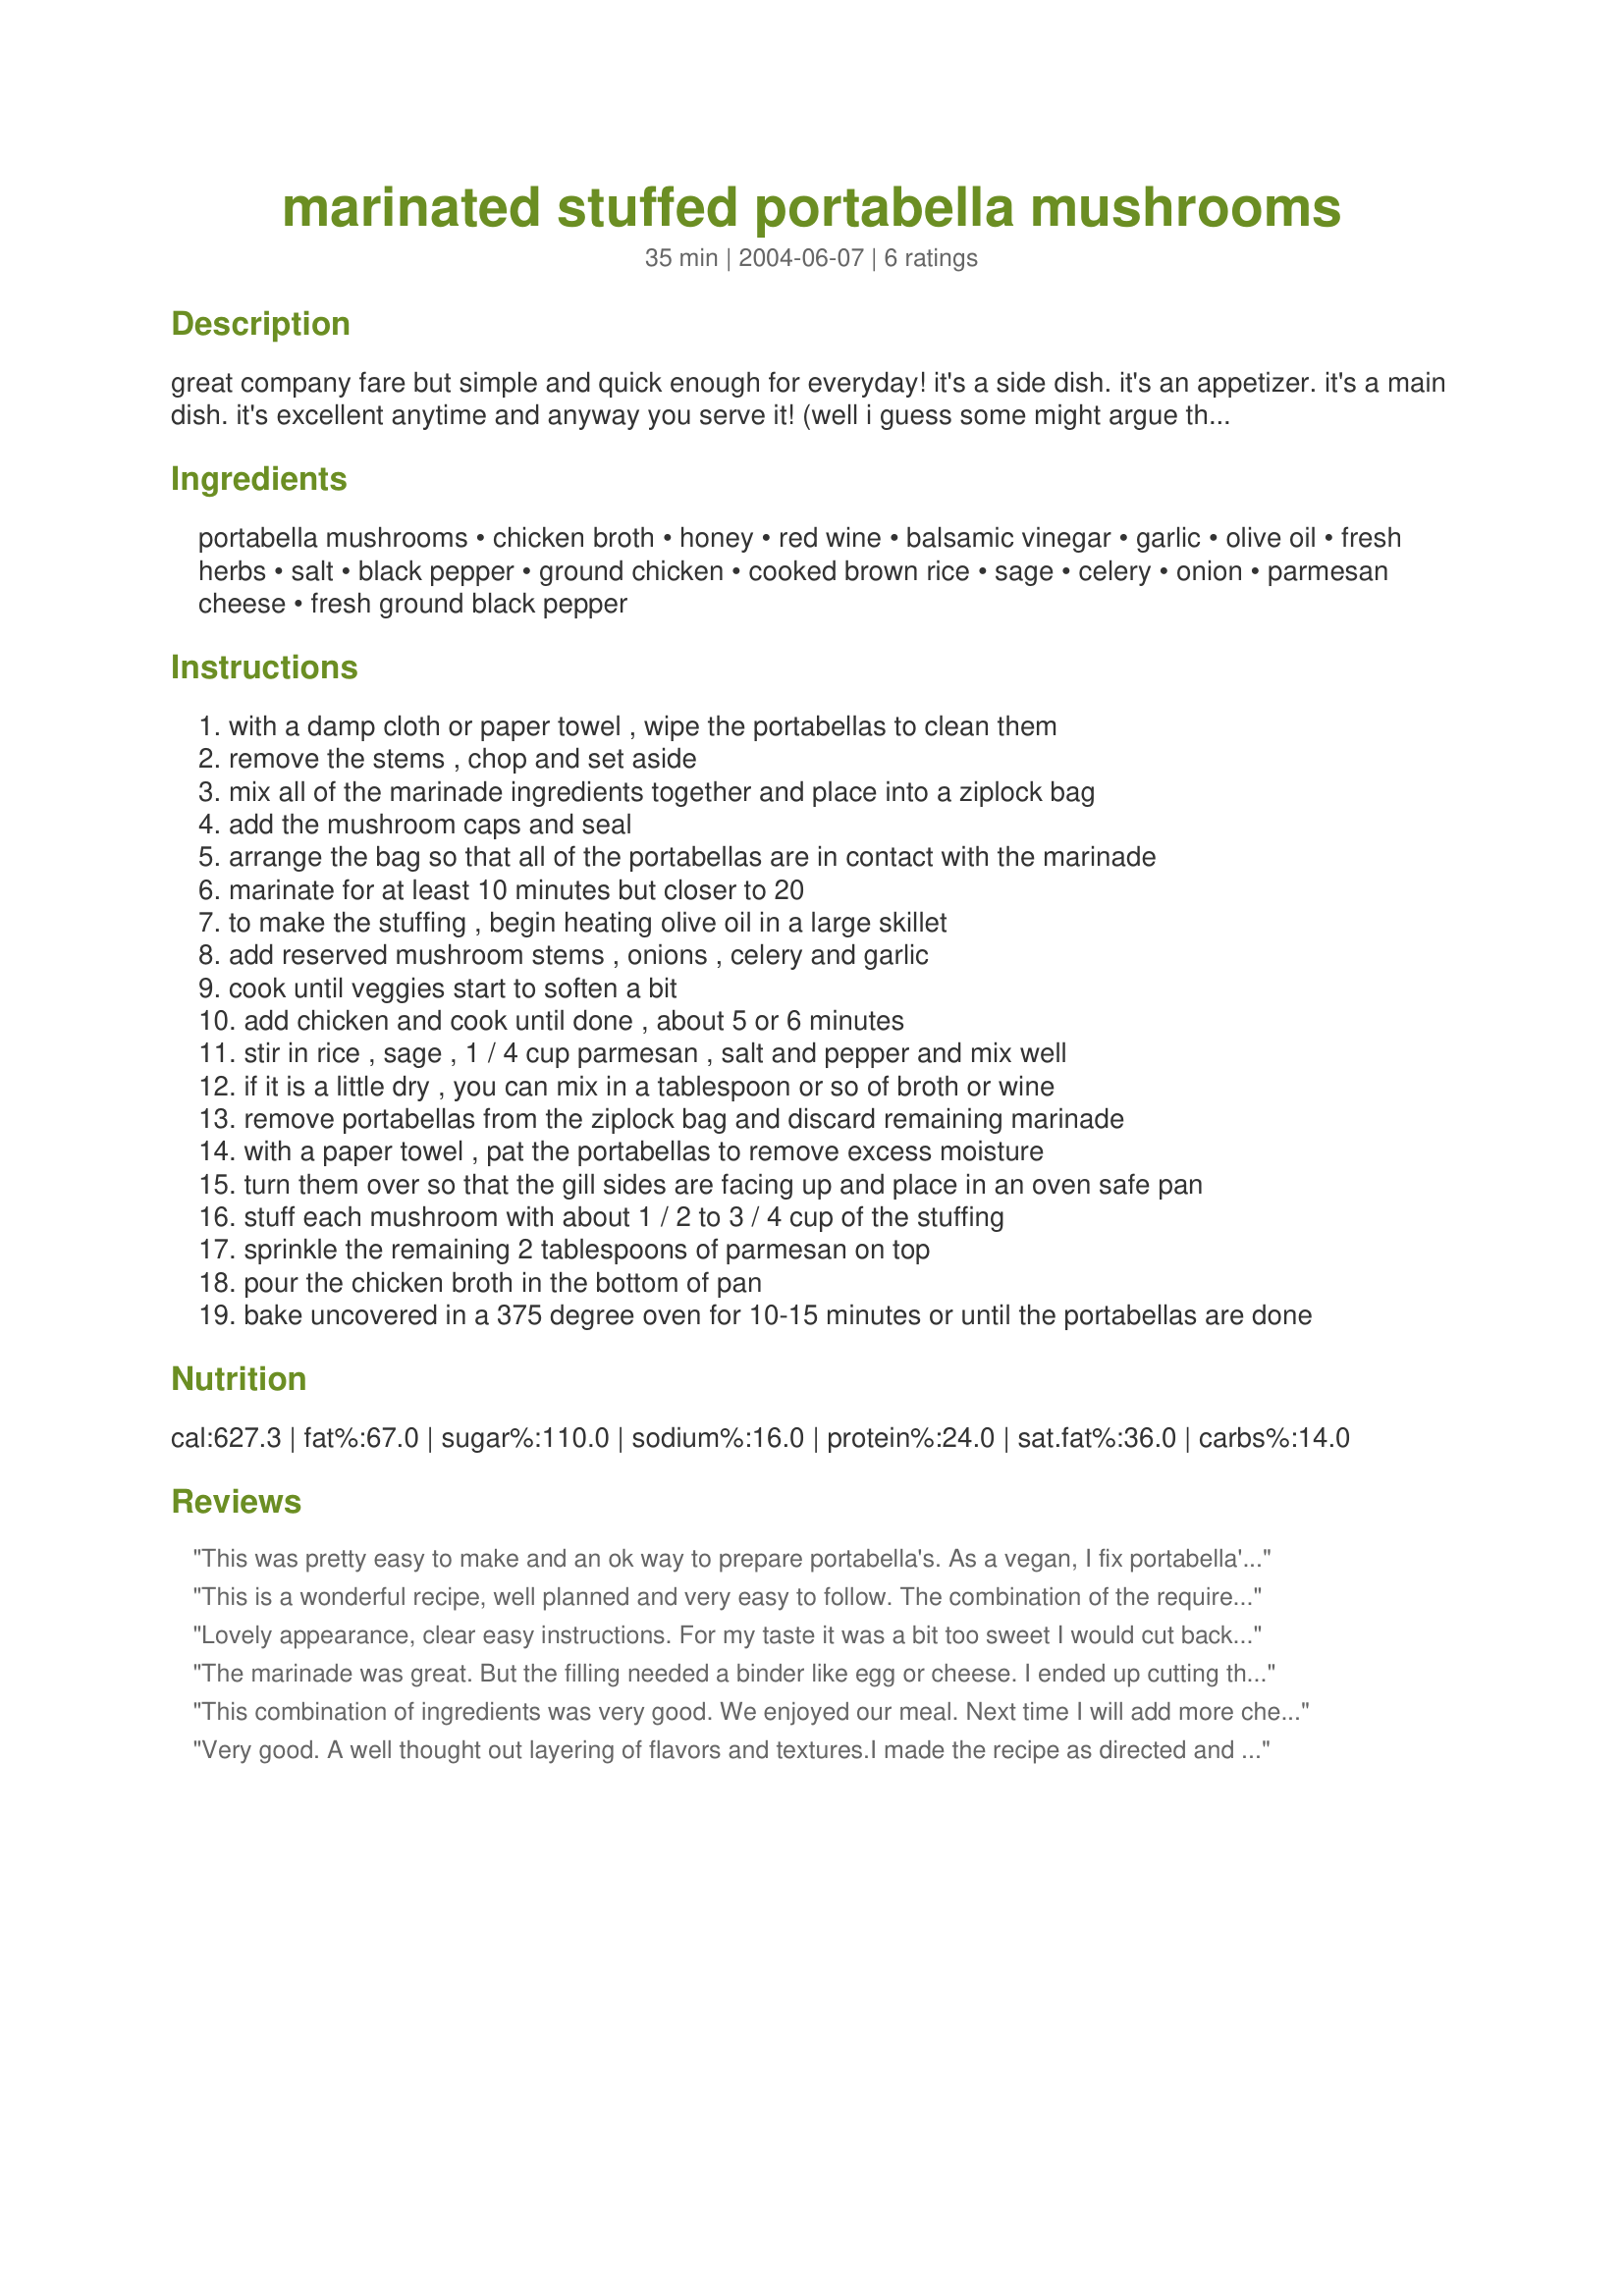
marinated stuffed portabella mushrooms
Preparation time: 35 minutes

great company fare but simple and quick enough for everyday! it's a side dish. it's an appetizer. it's a main dish. it's excellent anytime and anyway you serve it! (well i guess some might argue that, since this really might not be a good breakfast but....to each his or her own!)

Ingredients:
portabella mushrooms, chicken broth, honey, red wine, balsamic vinegar, garlic, olive oil, fresh herbs, salt, black pepper, ground chicken, cooked brown rice, sage, celery, onion, parmesan cheese, fresh ground black pepper

Steps:
with a damp cloth or paper towel , wipe the portabellas to clean them
remove the stems , chop and set aside
mix all of the marinade ingredients together and place into a ziplock bag
add the mushroom caps and seal
arrange the bag so that all of the portabellas are in contact with the marinade
marinate for at least 10 minutes but closer to 20
to make the stuffing , begin heating olive oil in a large skillet
add reserved mushroom stems , onions , celery and garlic
cook until veggies start to soften a bit
add chicken and cook until done , about 5 or 6 minutes
stir in rice , sage , 1 / 4 cup parmesan , salt and pepper and mix well
if it is a little dry , you can mix in a tablespoon or so of broth or wine
remove portabellas from the ziplock bag and discard remaining marinade
with a paper towel , pat the portabellas to remove excess moisture
turn them over so that the gill sides are facing up and place in an oven safe pan
stuff each mushroom with about 1 / 2 to 3 / 4 cup of the stuffing
sprinkle the remaining 2 tablespoons of parmesan on top
pour the chicken broth in the bottom of pan
bake uncovered in a 375 degree oven for 10-15 minutes or until the portabellas are done

Reviews:
This was pretty easy to make and an ok way to prepare portabella's. As a vegan, I fix portabella's often and would fix this again, but probably not often. Veganized this recipe by using tofu rather than ground meat, vegetable broth, and vegan cheese. Served with asparagus sauteed in vegan margarine and garlic and a baked potato with salsa and felt that was a nice, well rounded meal.
This is a wonderful recipe, well planned and very easy to follow. The combination of the required ingredients has been done to perfection.
I used Near East Rice pilaf for this recipe with ground turkey. I didn't use the required amount of mushrooms (there are only two of us) but followed the ingredient list for everything (except the brown rice and chicken stock.) I dipped the portabella mushrooms in the marinade and then when I baked them, I used more of the marinade instead of the chicken stock. They came out wonderful. We had them with corn on the cob and a tossed salad. We didn't even have the steak tips we planned on having because the portabella's were just like having a steak. I have some button mushrooms in the frig. and will be using the remanining marinade and stuffing with them.
Thank you for sharing this recipe and I wish you luck in the contest, you have a winning recipe.
Lovely appearance, clear easy instructions. For my taste it was a bit too sweet I would cut back on the honey and the oil. I found when the mushrooms were in the zip lock bag they needed only half the amount of mainade and would still be well coated. This was a lovely side dish that I served with Brunch.
The marinade was great. But the filling needed a binder like egg or cheese. I ended up cutting the mushroom into pieces and eating eat like a pilaf. I cut the recipe down to just make 2 mushrooms and cooked them in the stock with the leftover marinade. It just couldn't discard it. The filling was dry but the mushrooms juiciness made up for it. I do suggest making these just add an egg to the filling.
This combination of ingredients was very good. We enjoyed our meal. Next time I will add more cheese to the filling hoping to bind it together more, it came out pretty dry & crumbly.
Very good. A well thought out layering of flavors and textures.I made the recipe as directed and would cut the marinade in half next time. I loved the wine- mushroom flavor, but the honey was too sweet for my personal taste.. The savory stuffing was delicious but crumbly. I would add an egg next time.
